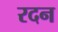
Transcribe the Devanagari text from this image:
रदन